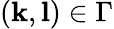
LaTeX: (\mathbf{k},\mathbf{l})\in\Gamma